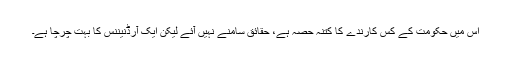
اس میں حکومت کے کس کارندے کا کتنہ حصہ ہے، حقائق سامنے نہیں آئے لیکن ایک آرڈنیننس کا بہت چرچا ہے۔